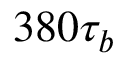
3 8 0 \tau _ { b }